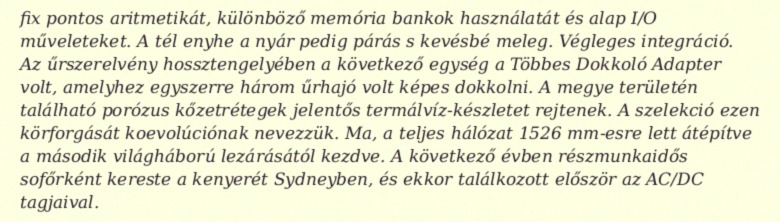
fix pontos aritmetikát, különböző memória bankok használatát és alap I/O műveleteket. A tél enyhe a nyár pedig párás s kevésbé meleg. Végleges integráció. Az űrszerelvény hossztengelyében a következő egység a Többes Dokkoló Adapter volt, amelyhez egyszerre három űrhajó volt képes dokkolni. A megye területén található porózus kőzetrétegek jelentős termálvíz-készletet rejtenek. A szelekció ezen körforgását koevolúciónak nevezzük. Ma, a teljes hálózat 1526 mm-esre lett átépítve a második világháború lezárásától kezdve. A következő évben részmunkaidős sofőrként kereste a kenyerét Sydneyben, és ekkor találkozott először az AC/DC tagjaival.